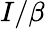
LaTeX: I/\beta